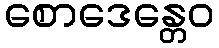
စောဒေန္တေဝ